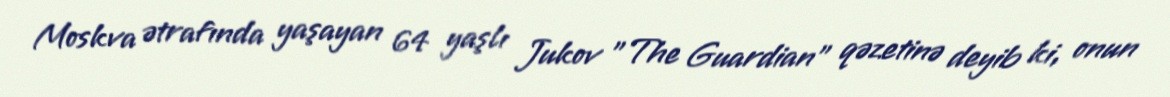
Moskva ətrafında yaşayan 64 yaşlı Jukov "The Guardian" qəzetinə deyib ki, onun